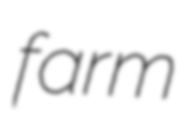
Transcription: farm